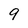
Character: 9